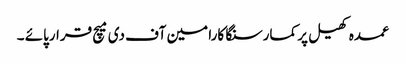
عمدہ کھیل پر کمارسنگا کارا مین آف دی میچ قرارپائے ۔